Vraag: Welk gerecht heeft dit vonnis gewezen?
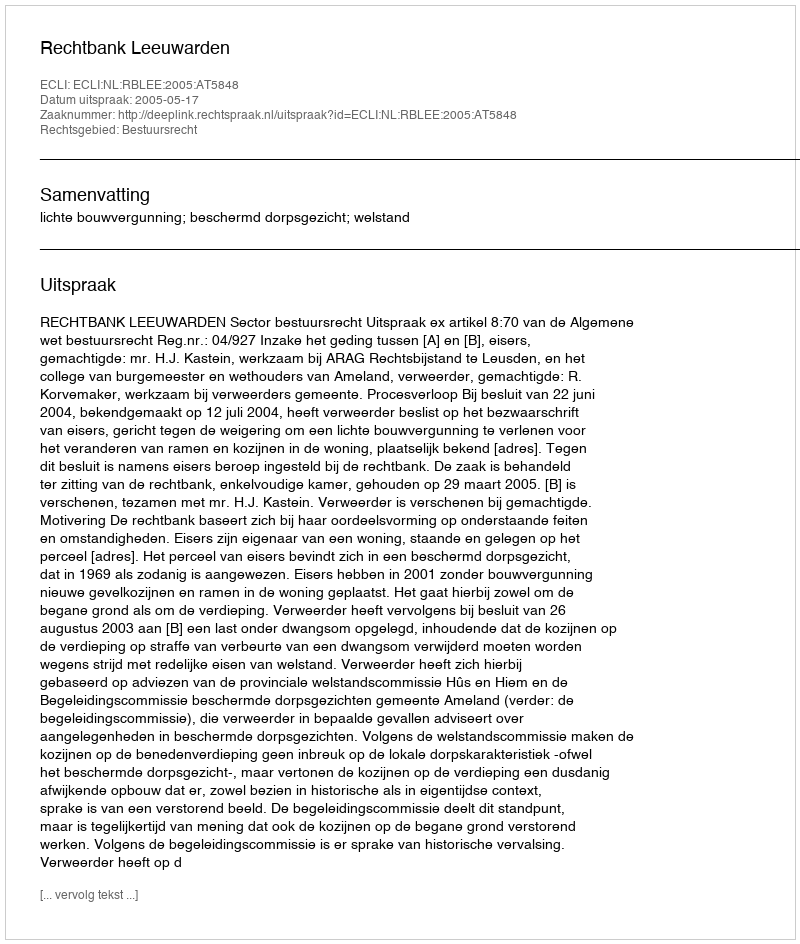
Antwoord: Rechtbank Leeuwarden